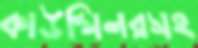
কাউন্সিলরসহ